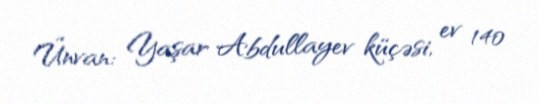
Ünvan: Yaşar Abdullayev küçəsi, ev 140